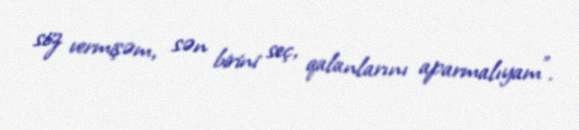
söz vermişəm, sən birini seç, qalanlarını aparmalıyam”.